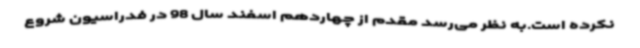
نکرده است.به نظر می‌رسد مقدم از چهاردهم اسفند سال 98 در فدراسیون شروع